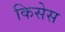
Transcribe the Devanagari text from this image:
किसेस